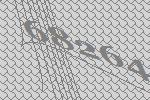
68264